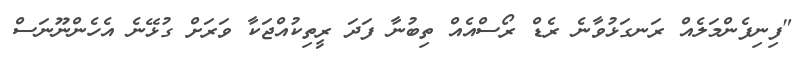
"ފިނިފެންމަލެއް ރަނގަޅުވާނެ ރެޑް ރޯސްއެއް ތިބުނާ ފަދަ ރީތިކުއްޖަކާ ވަރަށް ގުޅޭނެ އެހެންނޫނަސް